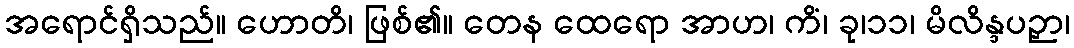
အရောင်ရှိသည်။ ဟောတိ၊ ဖြစ်၏။ တေန ထေရော အာဟ၊ ကိံ၊ ခု၊၁၁၊ မိလိန္ဒပဉှာ၊